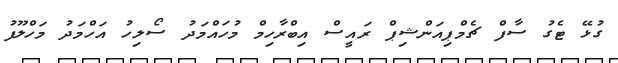
ގުޅޭ ޓެގު ސާފް ޗެމްޕިއަންޝިޕް ރައީސް އިބްރާހިމް މުހައްމަދު ސޯލިހު އަހްމަދު މަހްލޫފު